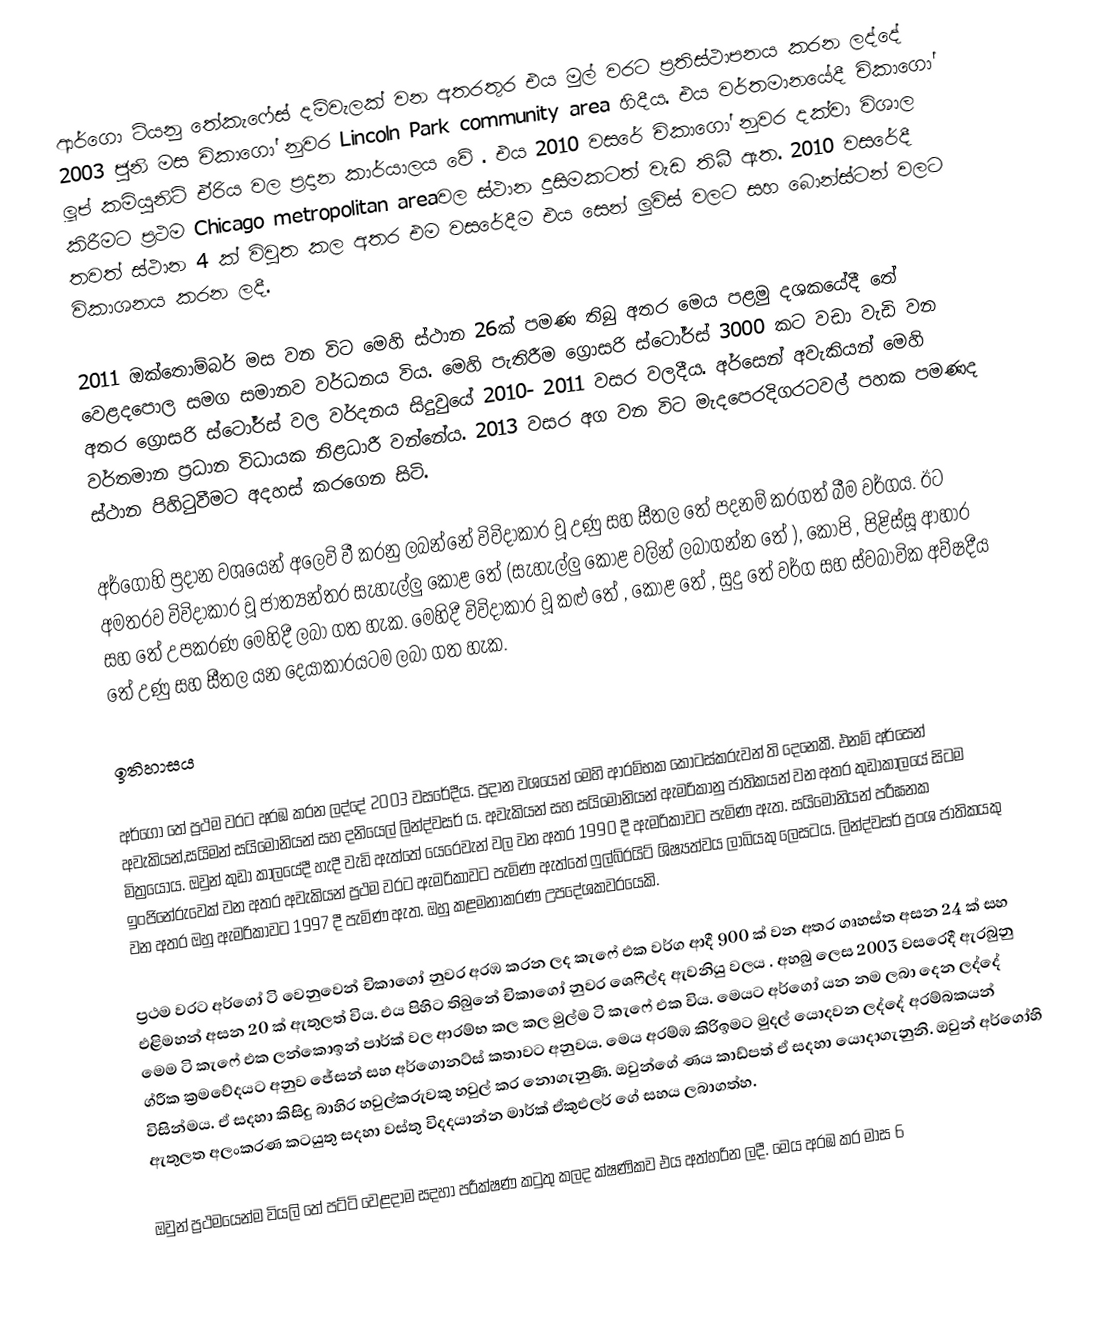
ආර්ගො ටියනු තේකැෆේස් දම්වැලක්  වන අතරතුර එය මුල් වරට ප්‍රතිස්ථාපනය කරන ලද්දේ  2003 ජුනි මස චිකාගෝ නුවර Lincoln Park  community area හිදීය. එය වර්තමානයේදී චිකාගෝ ලූප් කමියුනිටි ඒරිය වල ප්‍රදාන කාර්යාලය වේ . එය 2010 වසරේ චිකාගෝ නුවර දක්වා විශාල කිරීමට ප්‍රථම Chicago metropolitan areaවල ස්ථාන දුසිමකටත් වැඩ තිබී ඇත. 2010 වසරේදී තවත් ස්ථාන 4 ක්  විවුත කල අතර  එම වසරේදීම එය සෙන් ලුවිස් වලට සහ බොන්ස්ටන් වලට විකාශනය කරන ලදී.

2011 ඔක්තොම්බර්  මස වන විට මෙහි ස්ථාන 26ක් පමණ තිබු අතර මෙය පළමු දශකයේදී තේ වෙළදපොල සමග සමානව වර්ධනය විය. මෙහි පැතිරීම ග්‍රොසරි ස්ටෝර්ස්   3000 කට වඩා වැඩි වන අතර ග්‍රොසරි ස්ටෝර්ස් වල වර්දනය සිදුවුයේ 2010- 2011 වසර වලදීය. අර්සෙන් අවැකියන්  මෙහි වර්තමාන ප්‍රධාන විධායක නිළධාරී    වන්නේය. 2013 වසර අග වන විට මැදපෙරදිගරටවල් පහක පමණද ස්ථාන පිහිටුවීමට අදහස් කරගෙන සිටි.

අර්ගොහි ප්‍රදාන වශයෙන් අලෙවි වී කරනු ලබන්නේ විවිදාකාර වූ උණු සහ සීතල තේ පදනම් කරගත් බීම වර්ගය. ඊට අමතරව විවිදාකාර වූ ජාත්‍යන්තර සැහැල්ලු කොළ තේ (සැහැල්ලු කොළ වලින් ලබාගන්න තේ ), කෝපි , පිළිස්සූ ආහාර  සහ තේ උපකරණ මෙහිදී ලබා ගත හැක. මෙහිදී විවිදාකාර වූ   කළු තේ  , කොළ  තේ , සුදු තේ   වර්ග සහ ස්වබාවික අව්ෂදීය තේ උණු  සහ සීතල යන දෙයාකාරයටම ලබා ගත හැක.

ඉතිහාසය

අර්ගෝ තේ ප්‍රථම වරට අරඹ කරන ලද්දේ 2003 වසරේදීය. ප්‍රදාන වශයෙන් මෙහි ආරම්භක කොටස්කරුවන් ති දෙනෙකී. එනම් අර්සෙන් අවැකියන්,සයිමන් සයිමොනියන් සහ දනියෙල් ලින්ද්වසර්   ය. අවැකියන් සහ සයිමොනියන් ඇමරිකානු ජාතිකයන් වන අතර කුඩාකාලයේ සිටම මිත්‍රයෝය. ඔවුන් කුඩා කාලයේදී හැදී වැඩි ඇත්තේ යෙරෙවැන් වල වන අතර 1990 දී ඇමරිකාවට පැමිණ ඇත. සයිමොනියන් පරීඝනක ඉංජිනේරුවෙක් වන අතර අවැකියන් ප්‍රථම වරට ඇමරිකාවට පැමිණ ඇත්තේ ෆුල්බ්රයිට් ශිෂ්‍යත්වය   ලාබියකු ලෙසටය. ලින්ද්වසර් ප්‍රංශ ජාතිකයකු වන අතර ඔහු ඇමරිකාවට 1997 දී පැමිණ ඇත. ඔහු කළමනාකරණ උපදේශකවරයෙකි.

ප්‍රථම වරට අර්ගෝ ටි වෙනුවෙන් චිකාගෝ නුවර අරඹ කරන ලද කැෆේ එක වර්ග ආදී 900 ක් වන අතර ගෘහස්ත අසන 24 ක් සහ එළිමහන් අසන 20 ක් ඇතුලත් විය. එය පිහිට තිබුනේ  චිකාගෝ නුවර ශෙෆීල්ද ඇවනියු වලය . අහබු ලෙස 2003   වසරෙදී  ඇරබුනු මෙම ටි කැෆේ එක ලන්කොඉන් පාර්ක්  වල ආරම්භ  කල  කල මුල්ම ටි කැෆේ එක විය. මෙයට අර්ගෝ යන නම ලබා දෙන ලද්දේ ග්රීක ක්‍රමවේදයට   අනුව ජේසන් සහ අර්ගොනට්ස් කතාවට අනුවය. මෙය අරම්ඹ කිරිඉමට මුදල් යොදවන ලද්දේ අරම්බකයන් විසින්මය. ඒ සදහා කිසිදු බාහිර  හවුල්කරුවකු   හවුල්  කර නොගැනුණි. ඔවුන්ගේ ණය කාඩ්පත් ඒ සදහා යොදාගැනුනි. ඔවුන් අර්ගෝහි ඇතුලත  අලංකරණ කටයුතු  සදහා වස්තු විදදයාන්න මාර්ක් ඒකුඑලර් ගේ සහය ලබාගත්හ.

ඔවුන් ප්‍රථමයෙන්ම වියලි තේ පට්ටි වෙළදාම සදහා පරීක්ෂණ කටුතු කලද ක්ෂණිකව එය අත්හරින  ලදී. මෙය අරඹ කර මාස 6